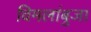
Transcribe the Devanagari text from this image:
विमलांबुजा